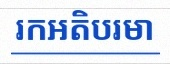
រកអតិបរមា